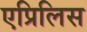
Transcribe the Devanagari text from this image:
एप्रिलिस